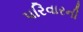
પરિવારની